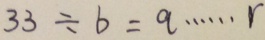
3 3 \div b = q \cdots r